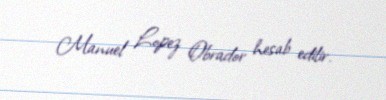
Manuel Lopez Obrador hesab edilir.